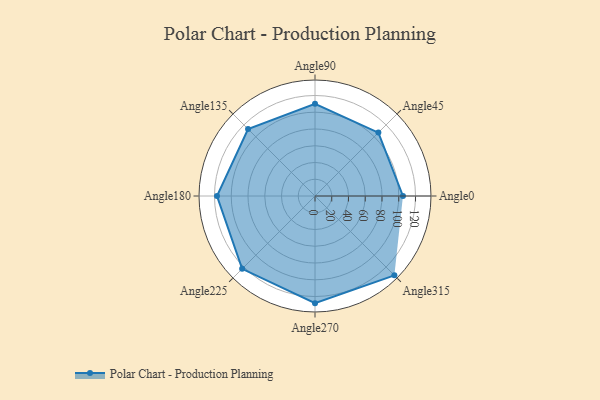
{"axis": {"x": "Angle", "y": "Radius"}, "legend": [""], "data": [{"x": "Angle0", "y": 105.0, "type": ""}, {"x": "Angle45", "y": 107.0, "type": ""}, {"x": "Angle90", "y": 110.0, "type": ""}, {"x": "Angle135", "y": 113.0, "type": ""}, {"x": "Angle180", "y": 117.0, "type": ""}, {"x": "Angle225", "y": 123.0, "type": ""}, {"x": "Angle270", "y": 128.0, "type": ""}, {"x": "Angle315", "y": 134.0, "type": ""}]}